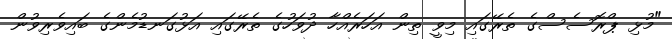
"މުޅި ޕްރޮސެސްގެ ތެރޭގައި މިވީ ތިން އަހަރެއްހާ ދުވަހުގެ ތެރޭގައި އަޅުގަނޑުމެންގެ ބައިވެރިވުން